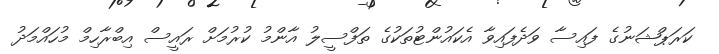
ކަރަޕްޝަނުގެ ފައިސާ ވަދެފައިވާ އެކައުންޓުތަކުގެ ތަފްސީލު އާންމު ކުރުމަށް ރައީސް އިބްރާހިމް މުހައްމަދު